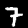
Label: 7